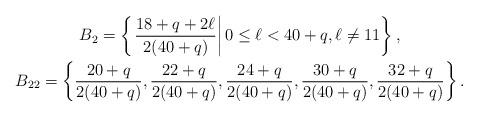
LaTeX: \begin{gather*}B_2=\left\{\left.\frac{18+q+2\ell}{2(40+q)}\right|0\leq\ell<40+q,\ell\neq 11\right\},\\B_{22}=\left\{\frac{20+q}{2(40+q)},\frac{22+q}{2(40+q)},\frac{24+q}{2(40+q)},\frac{30+q}{2(40+q)},\frac{32+q}{2(40+q)}\right\}.\end{gather*}